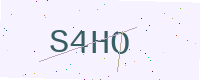
Text: S4HO